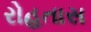
રોહતાસ